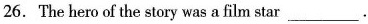
26.The hero of the story was a film star ___